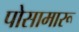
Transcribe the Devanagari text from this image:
पोसामारू